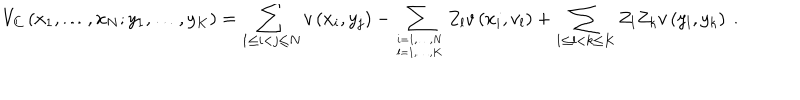
V _ { C } \left( x _ { 1 } , \ldots , x _ { N } ; y _ { 1 } , \ldots , y _ { K } \right) = \sum _ { 1 \leq i < j \leq N } v \left( x _ { i } , y _ { j } \right) - \sum _ { i = 1 , \ldots , N \atop l = 1 , \ldots , K } Z _ { l } v \left( x _ { i } , v _ { l } \right) + \sum _ { 1 \leq l < k \leq K } Z _ { l } Z _ { k } v \left( y _ { l } , y _ { k } \right) \ .